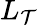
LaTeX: L_{\mathcal{T}}